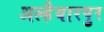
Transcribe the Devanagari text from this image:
अल्हैयारपुर